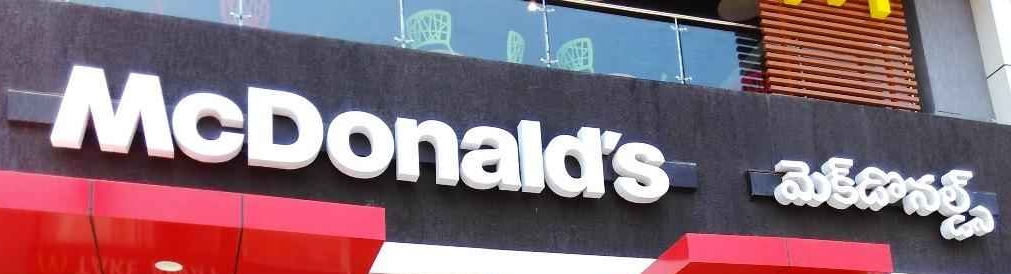
Language: telugu
Transcription: మెక్దోనల్డ్స్